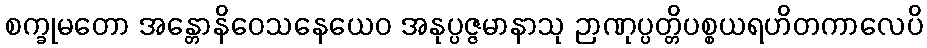
စက္ခုမတော အန္တောနိဝေသနေယေဝ အနုပ္ပဇ္ဇမာနာသု ဉာဏုပ္ပတ္တိပစ္စယရဟိတကာလေပိ